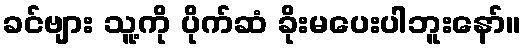
ခင်ဗျား သူ့ကို ပိုက်ဆံ ခိုးမပေးပါဘူးနော်။